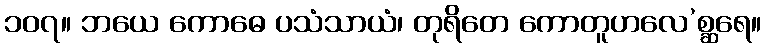
၁၀၇။ ဘယေ ကောဓေ ပသံသာယံ၊ တုရိတေ ကောတူဟလေ’စ္ဆရေ။